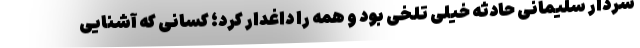
سردار سلیمانی حادثه خیلی تلخی بود و همه را داغدار کرد؛ کسانی که آشنایی